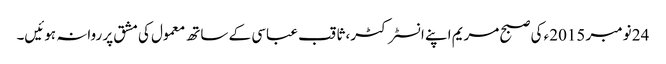
24 نومبر 2015ء کی صبح مریم اپنے انسٹرکٹر، ثاقب عباسی کے ساتھ معمول کی مشق پر روانہ ہوئیں۔